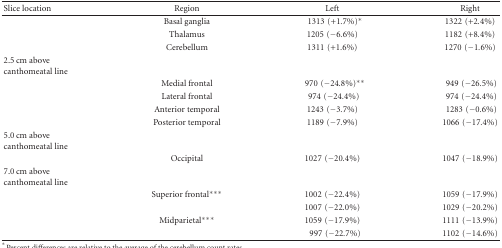
<table><thead><tr><td><b>Slice location</b></td><td><b>Region</b></td><td><b>Left</b></td><td><b>Right</b></td></tr></thead><tbody><tr><td></td><td>Basal ganglia</td><td> 1313(+1.7%)*</td><td>1322(+2.4%)</td></tr><tr><td></td><td>Thalamus</td><td>1205(−6.6%)</td><td>1182(+8.4%)</td></tr><tr><td></td><td>Cerebellum</td><td>1311(+1.6%)</td><td>1270(−1.6%)</td></tr><tr><td>2.5 cm above canthomeatal line</td><td></td><td></td><td></td></tr><tr><td></td><td>Medial frontal</td><td> 970(−24.8%)**</td><td>949(−26.5%)</td></tr><tr><td></td><td>Lateral frontal</td><td>974(−24.4%)</td><td>974(−24.4%)</td></tr><tr><td></td><td>Anterior temporal</td><td>1243(−3.7%)</td><td>1283(−0.6%)</td></tr><tr><td></td><td>Posterior temporal</td><td>1189(−7.9%)</td><td>1066(−17.4%)</td></tr><tr><td>5.0 cm above canthomeatal line</td><td></td><td></td><td></td></tr><tr><td></td><td>Occipital</td><td>1027(−20.4%)</td><td>1047(−18.9%)</td></tr><tr><td>7.0 cm above canthomeatal line</td><td></td><td></td><td></td></tr><tr><td></td><td>Superior frontal***</td><td>1002(−22.4%)</td><td>1059(−17.9%)</td></tr><tr><td></td><td></td><td>1007(−22.0%)</td><td>1029(−20.2%)</td></tr><tr><td></td><td>Midparietal***</td><td>1059(−17.9%)</td><td>1111(−13.9%)</td></tr><tr><td></td><td></td><td> 997(−22.7%)</td><td>1102(−14.6%)</td></tr></tbody></table>